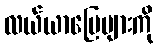
လယ်ယာမြေများကို